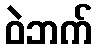
ဝဲဘက်